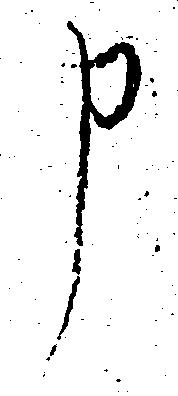
申